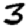
Digit: 3